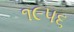
૧૯૫૬